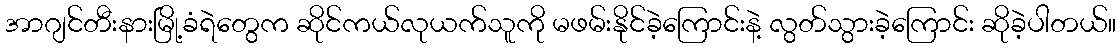
အာဂျင်တီးနားမြို့ခံရဲတွေက ဆိုင်ကယ်လုယက်သူကို မဖမ်းနိုင်ခဲ့ကြောင်းနဲ့ လွတ်သွားခဲ့ကြောင်း ဆိုခဲ့ပါတယ်။